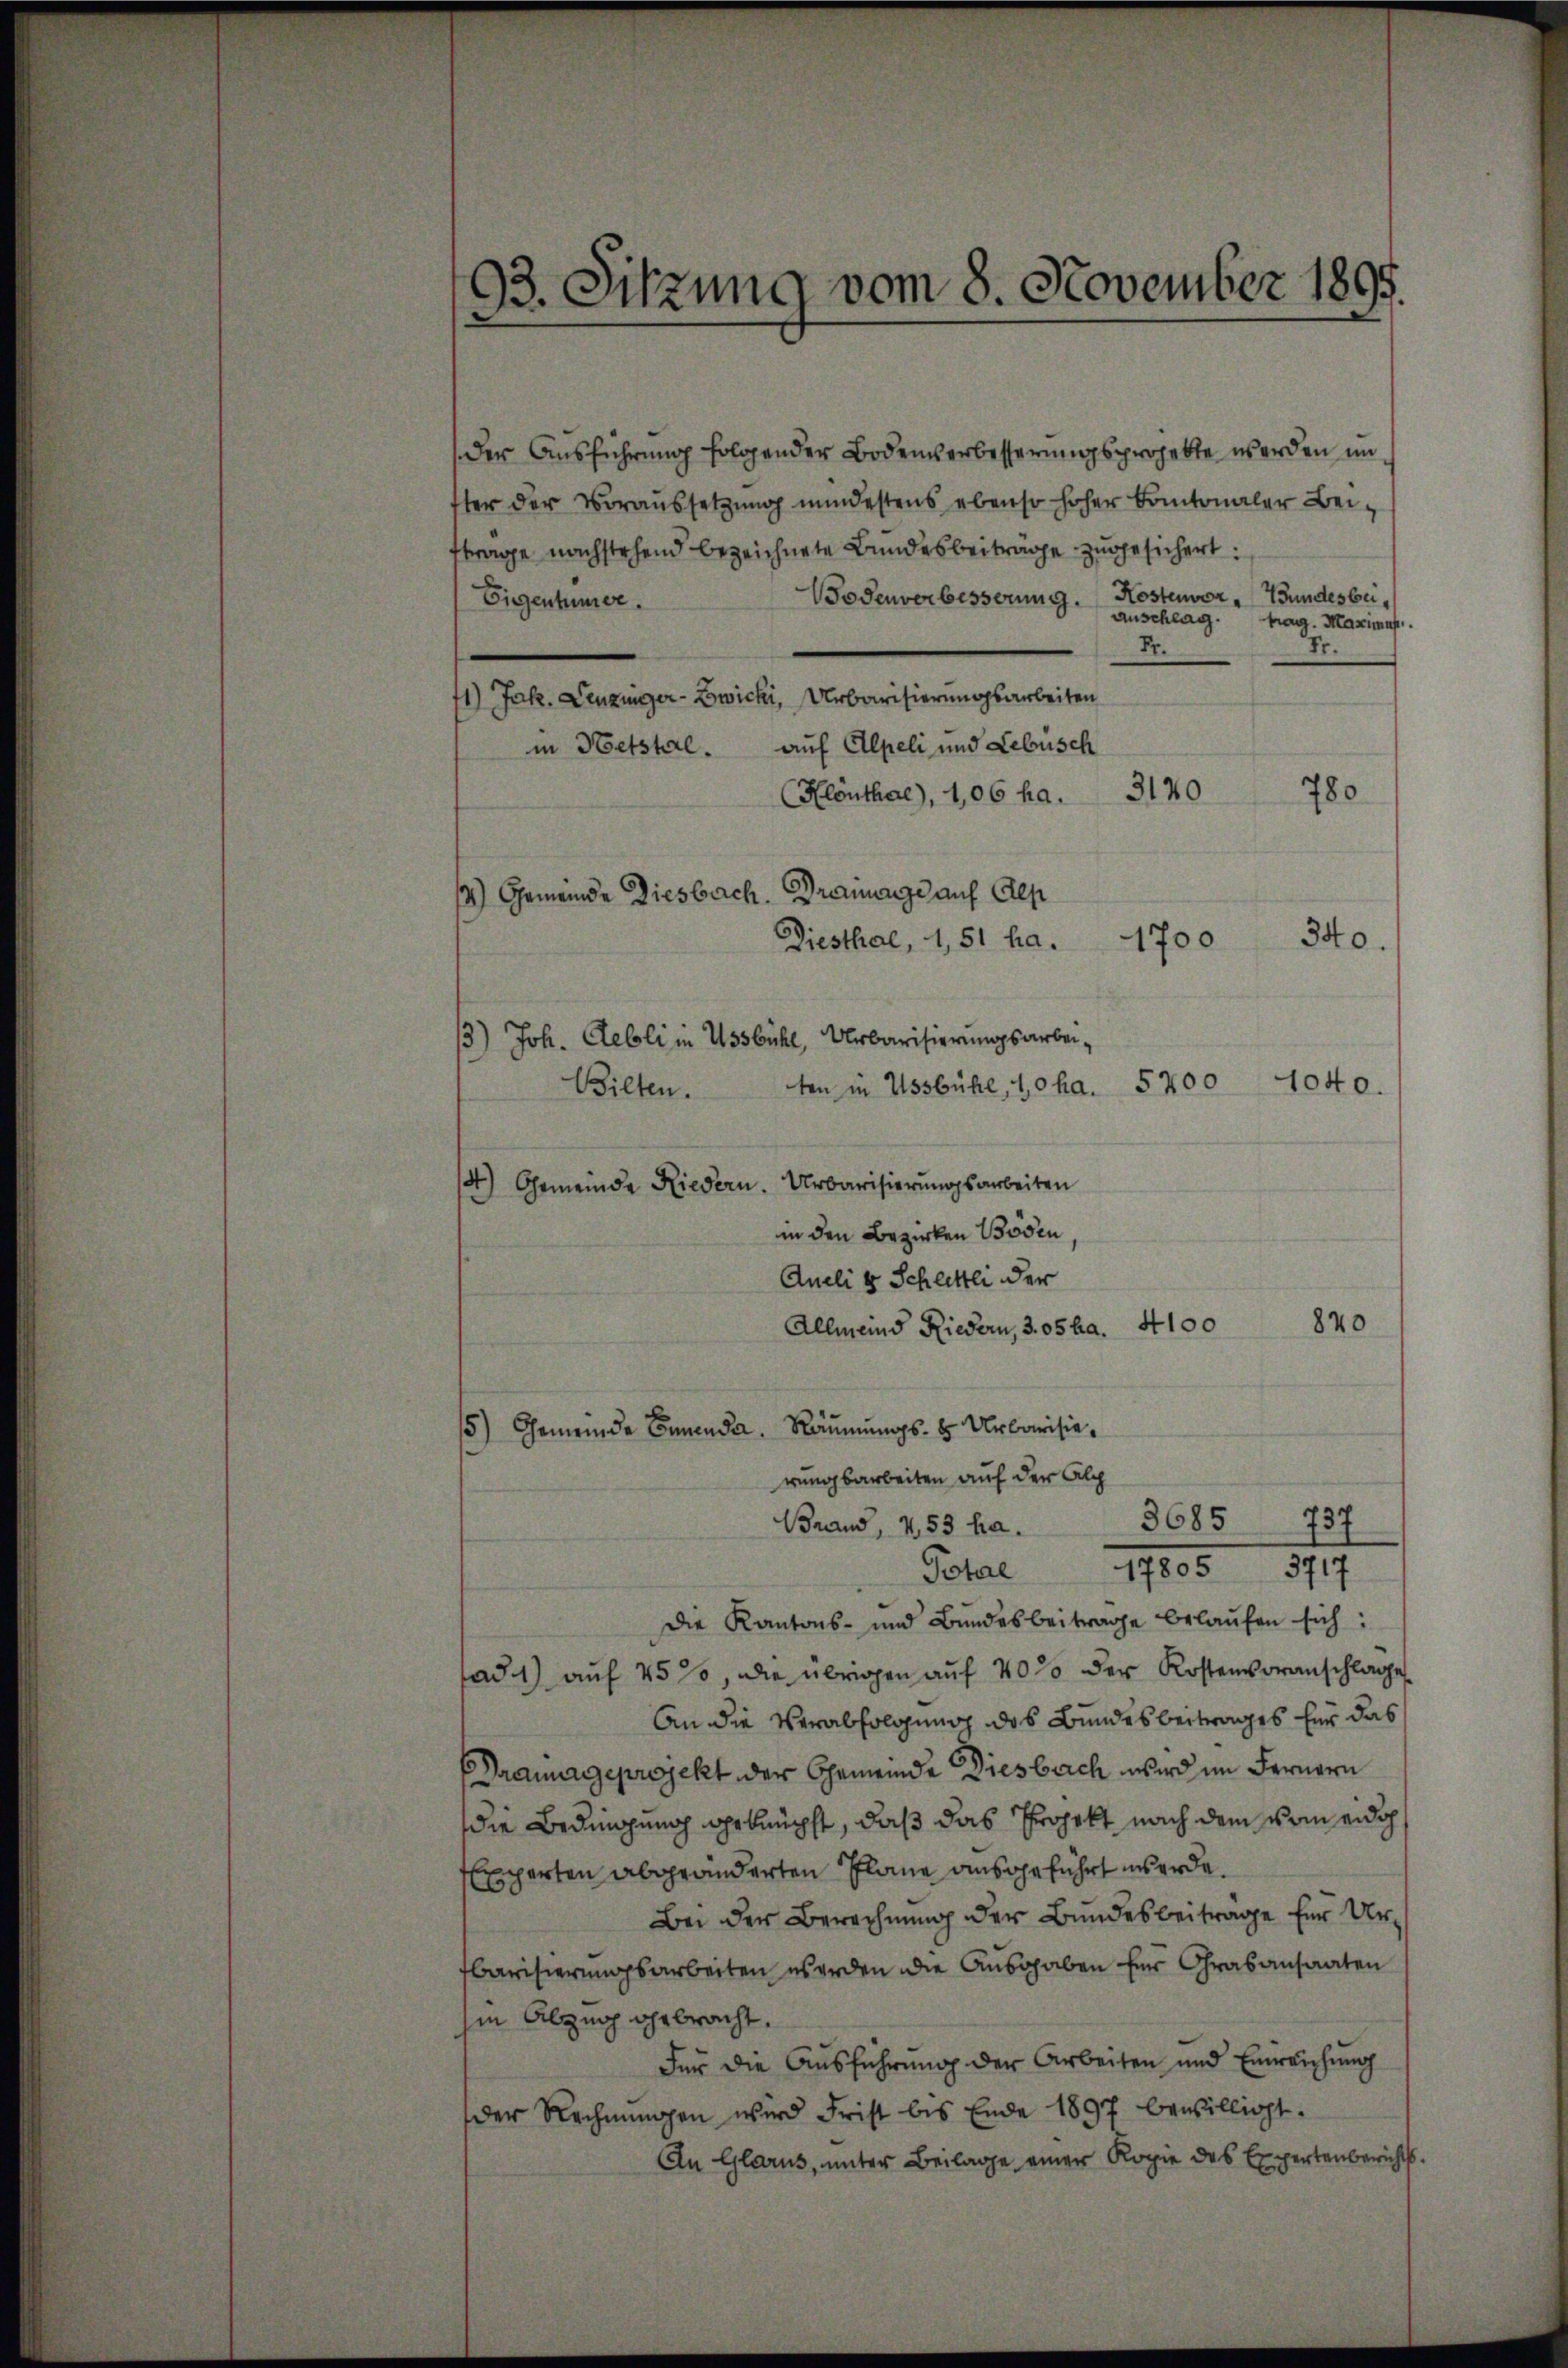
93. Sitzung vom 8. November 1895.

1) Gemeinde Diesbach. Drainanze auf Als
3) Joh. Relli in Ussbühl, Urbarisierungsarbei¬
Bilten.

Der Ausführung folgender Bodenverbesserungsprojekte werden un
ter der Voraussetzŭng mindestens ebenso hoher Kantonaler Bei-
trage nachstehend bezeichnete Bundesbeitrage zugesichert.
Bodenverbesserung. Kostenvor- Bundesbei¬
Eigentümer.
Anschlag. trag. Maximus
Fr.
Fr.
1) Jak. Lenzinger-Zwicki, Urbarisierungsarbeiten
auf Alpeli und Lebüsch
in Hetstal.
Klönthal), 1,06 ha. 3140
Diesthal, 1, 51 ha. 1700
ten in Ussbühl, 10 ha. 5200
4) Gemeinde Riedern. Urbarisierungsarbeiten
in den Bezirken Bösen,
Aneli & Schlittli der
840
Allmeind Riedern, 305 ha. 4100
5) Gemeinde Ernende Räumungs- & Urbarisierungsarbeiten auf der Alp
Brand, 1. 53 f. 3685 737
17605. 1849
Potal
Die Kantons- und Bundesbeitrage belaufen sich:
ad1) auf 45 %, die übrigen auf 40% der Kostenvoranschlage
An die Verabfolgung des Bundesbeitrages für das
Drangeprojekt der Gemeinde Diesbach wird im Fernern
die Bedingung geknüpft, daß das Projekt nach dem von eidg
Experten abgeänderten Plane ausgeführt werde.
Bei der Berechnung der Bundesbeitrage für Urbarisierungsarbeiten werden die Ausgaben für Grasansaaten
hin Abznoch gebracht.
Für die Ausführung der Arbeiten und Einreichung
der Rechnungen wird Frist bis Ende 1897 bewilligt.
An Glarus, unter Beilage einer Kopie des Expertenberichts

780
340.
1040.